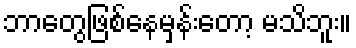
ဘာတွေဖြစ်နေမှန်းတော့ မသိဘူး။